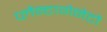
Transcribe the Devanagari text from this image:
प्लैन्टागेनेटों